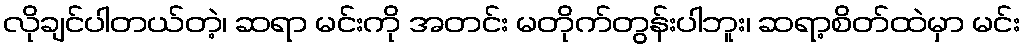
လိုချင်ပါတယ်တဲ့၊ ဆရာ မင်းကို အတင်း မတိုက်တွန်းပါဘူး၊ ဆရာ့စိတ်ထဲမှာ မင်း